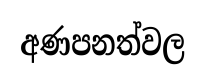
අණපනත්වල